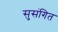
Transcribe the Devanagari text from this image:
सुसंगित